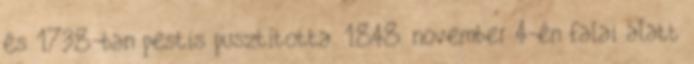
és 1738-ban pestis pusztította. 1848. november 4-én falai alatt